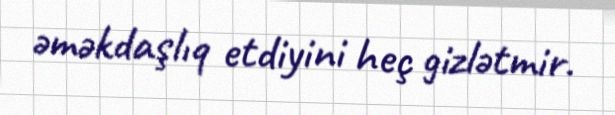
əməkdaşlıq etdiyini heç gizlətmir.